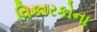
વિકારકોના